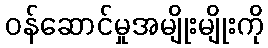
ဝန်ဆောင်မှုအမျိုးမျိုးကို